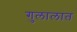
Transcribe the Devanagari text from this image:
गुलालात